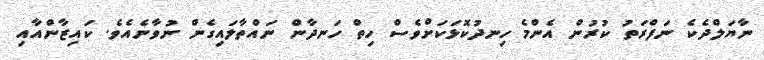
ނާޔަލްދެކެ ނަފްރަތު ކުރުން އެންމެ ހިނދުކޮޅަކަށްވެސް ހިތް ހަނދާން ނައްތާލައިގެން ނުވާނެއެވެ. ކައިޒާންއާއި